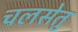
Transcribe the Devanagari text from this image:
चलसेतु